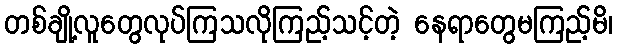
တစ်ချို့လူတွေလုပ်ကြသလိုကြည့်သင့်တဲ့ နေရာတွေမကြည့်မိ၊